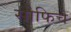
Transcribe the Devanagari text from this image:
सोफिचे